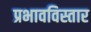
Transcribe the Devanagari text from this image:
प्रभावविस्तार